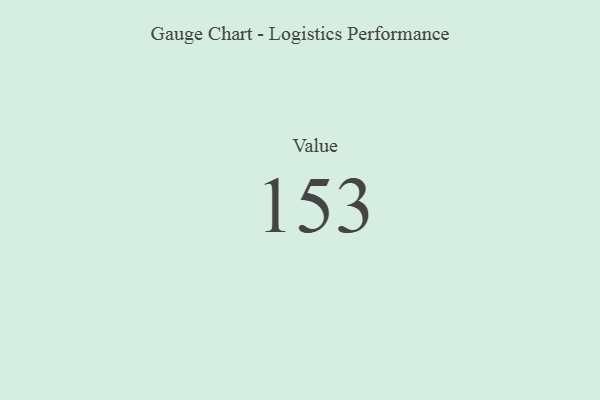
{"axis": {"x": "Metric", "y": "Value"}, "legend": [""], "data": [{"x": "Value", "y": 153, "type": ""}]}